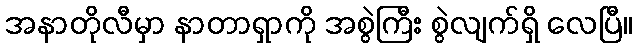
အနာတိုလီမှာ နာတာရှာကို အစွဲကြီး စွဲလျက်ရှိ လေပြီ။